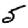
Digit: 5